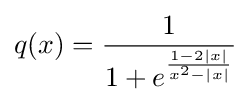
q(x)={\frac {1}{1+e^{\frac {1-2|x|}{x^{2}-|x|}}}}